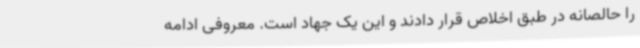
را حالصانه در طبق اخلاص قرار دادند و این یک جهاد است. معروفی ادامه